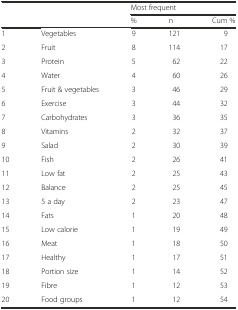
<table><thead><tr><td></td><td></td><td colspan="3"><b>Most frequent</b></td></tr><tr><td></td><td></td><td><b>%</b></td><td><b>n</b></td><td><b>Cum %</b></td></tr></thead><tbody><tr><td>1</td><td>Vegetables</td><td>9</td><td>121</td><td>9</td></tr><tr><td>2</td><td>Fruit</td><td>8</td><td>114</td><td>17</td></tr><tr><td>3</td><td>Protein</td><td>5</td><td>62</td><td>22</td></tr><tr><td>4</td><td>Water</td><td>4</td><td>60</td><td>26</td></tr><tr><td>5</td><td>Fruit &amp; vegetables</td><td>3</td><td>46</td><td>29</td></tr><tr><td>6</td><td>Exercise</td><td>3</td><td>44</td><td>32</td></tr><tr><td>7</td><td>Carbohydrates</td><td>3</td><td>36</td><td>35</td></tr><tr><td>8</td><td>Vitamins</td><td>2</td><td>32</td><td>37</td></tr><tr><td>9</td><td>Salad</td><td>2</td><td>30</td><td>39</td></tr><tr><td>10</td><td>Fish</td><td>2</td><td>26</td><td>41</td></tr><tr><td>11</td><td>Low fat</td><td>2</td><td>25</td><td>43</td></tr><tr><td>12</td><td>Balance</td><td>2</td><td>25</td><td>45</td></tr><tr><td>13</td><td>5 a day</td><td>2</td><td>23</td><td>47</td></tr><tr><td>14</td><td>Fats</td><td>1</td><td>20</td><td>48</td></tr><tr><td>15</td><td>Low calorie</td><td>1</td><td>19</td><td>49</td></tr><tr><td>16</td><td>Meat</td><td>1</td><td>18</td><td>50</td></tr><tr><td>17</td><td>Healthy</td><td>1</td><td>17</td><td>51</td></tr><tr><td>18</td><td>Portion size</td><td>1</td><td>14</td><td>52</td></tr><tr><td>19</td><td>Fibre</td><td>1</td><td>12</td><td>53</td></tr><tr><td>20</td><td>Food groups</td><td>1</td><td>12</td><td>54</td></tr></tbody></table>